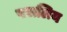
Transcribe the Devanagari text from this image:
पसलिय